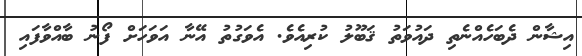
އިޝާން ދެބަހެއްނެތި ދައުވަތު ޤަބޫލު ކުރިއެވެ. އެވަގުތު އޭނާ އަވަހަށް ފޯނު ބާއްވާފައި